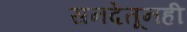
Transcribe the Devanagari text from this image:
सनदेतूनही